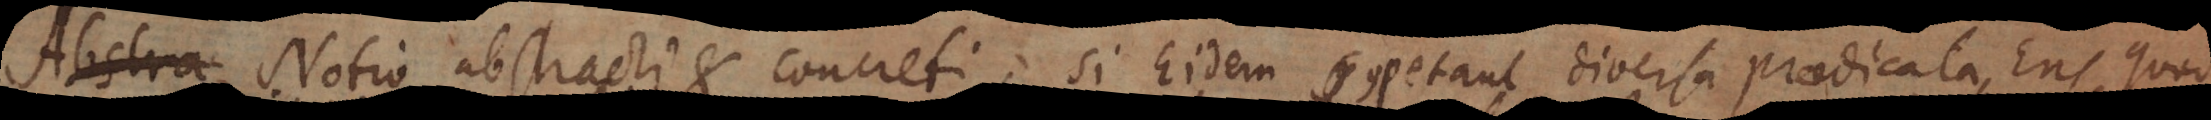
tra Notio abstracti et concreti, si Eidem competant diversa praedicata, Ens quod